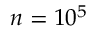
n = 1 0 ^ { 5 }